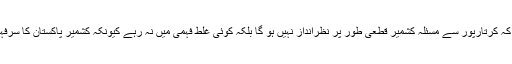
انہوں نے واضح کیا کہ کرتارپور سے مسئلہ کشمیر قطعی طور پر نظرانداز نہیں ہو گا بلکہ کوئی غلط فہمی میں نہ رہے کیونکہ کشمیر پاکستان کا سرفہرست ایجنڈا رہے گا۔